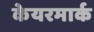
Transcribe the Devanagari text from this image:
केयरमार्क